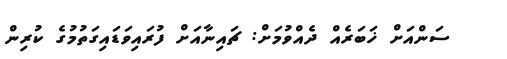
ސަންއަށް ޚަބަރެއް ދެއްވުމަށް: ޗައިނާއަށް ފުރައިވަޑައިގަތުމުގެ ކުރިން